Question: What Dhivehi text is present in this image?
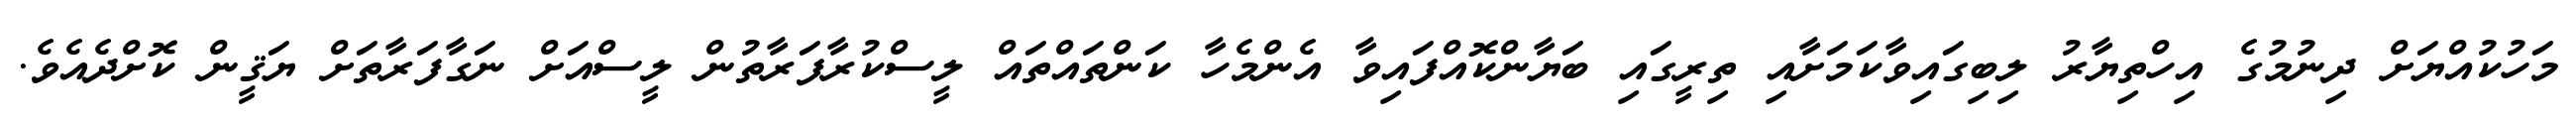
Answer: މަހުކުއްޔަށް ދިނުމުގެ އިހްތިޔާރު ލިބިގައިވާކަމަށާއި ތިރީގައި ބަޔާންކޮއްފައިވާ އެންމެހާ ކަންތައްތައް ލީސްކުރާފަރާތުން ލީސްއަށް ނަގާފަރާތަށް ޔަޤީން ކޮށްދެއެވެ.